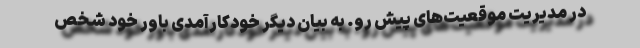
در مدیریت موقعیت‌های پیش رو. به بیان دیگر خودکارآمدی باور خود شخص